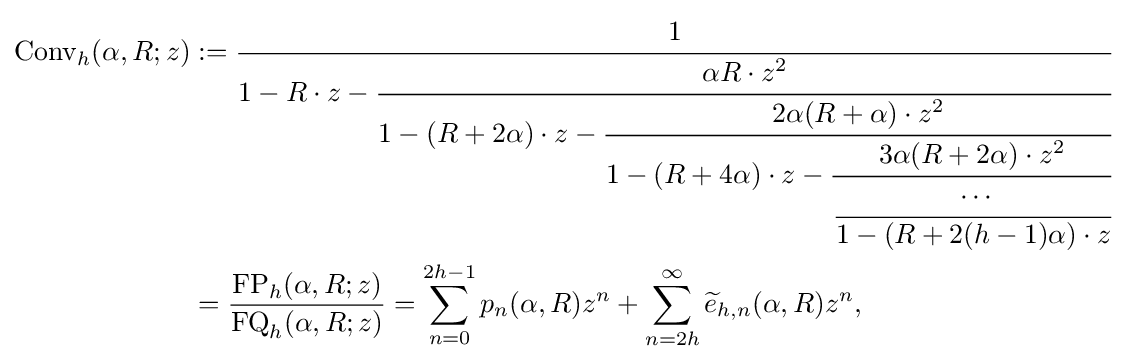
{\begin{aligned}{\text{Conv}}_{h}(\alpha ,R;z)&:={\cfrac {1}{1-R\cdot z-{\cfrac {\alpha R\cdot z^{2}}{1-(R+2\alpha )\cdot z-{\cfrac {2\alpha (R+\alpha )\cdot z^{2}}{1-(R+4\alpha )\cdot z-{\cfrac {3\alpha (R+2\alpha )\cdot z^{2}}{\cfrac {\cdots }{1-(R+2(h-1)\alpha )\cdot z}}}}}}}}}\\&={\frac {{\text{FP}}_{h}(\alpha ,R;z)}{{\text{FQ}}_{h}(\alpha ,R;z)}}=\sum _{n=0}^{2h-1}p_{n}(\alpha ,R)z^{n}+\sum _{n=2h}^{\infty }{\widetilde {e}}_{h,n}(\alpha ,R)z^{n},\end{aligned}}